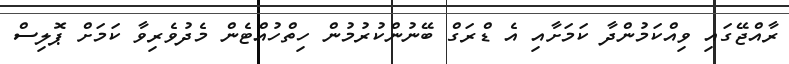
ރާއްޖޭގައި ވިއްކަމުންދާ ކަމަށާއި އެ ޑްރަގް ބޭނުންކުރުމުން ހިތްހުއްޓެން މެދުވެރިވާ ކަމަށް ޕޮލިސް